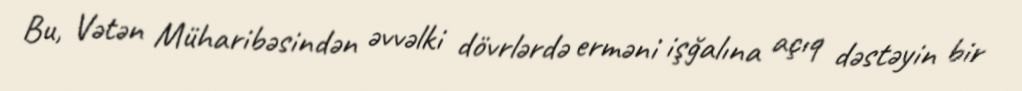
Bu, Vətən Müharibəsindən əvvəlki dövrlərdə erməni işğalına açıq dəstəyin bir